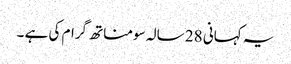
یہ کہانی 28 سالہ سومناتھ گرام کی ہے ۔